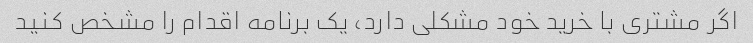
اگر مشتری با خرید خود مشکلی دارد، یک برنامه اقدام را مشخص کنید